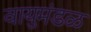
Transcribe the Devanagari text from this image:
वायुमंडळ